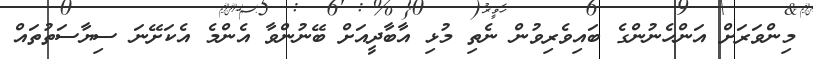
މިންވަރަށް އަންހެނުންގެ ބައިވެރިވުން ނެތި މުޅި އާބާދީއަށް ބޭނުންވާ އެންމެ އެކަށޭނަ ސިޔާސަތުތައް